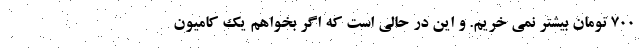
700 تومان بیشتر نمی خریم. و این در حالی است که اگر بخواهم یک کامیون